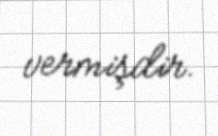
vermişdir.